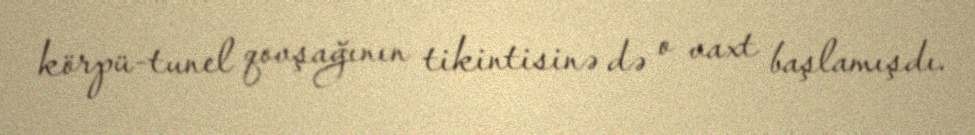
körpü-tunel qovşağının tikintisinə də o vaxt başlamışdı.